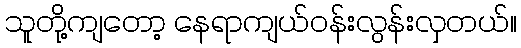
သူတို့ကျတော့ နေရာကျယ်ဝန်းလွန်းလှတယ်။